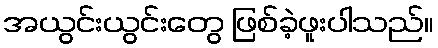
အယွင်းယွင်းတွေ ဖြစ်ခဲ့ဖူးပါသည်။